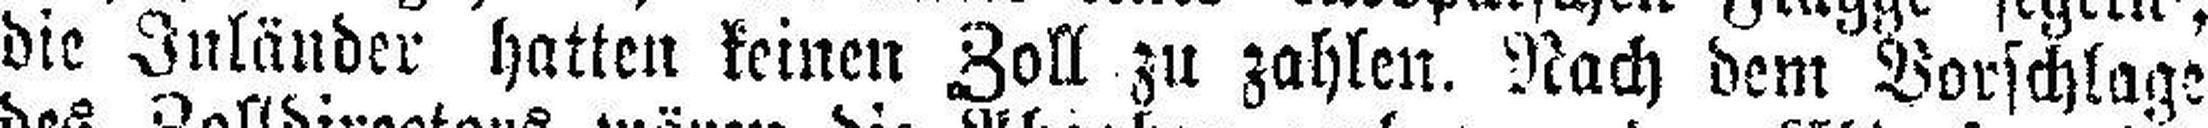
die Inländer hatten keinen Zoll zu zahlen. Nach dem Vorschlage